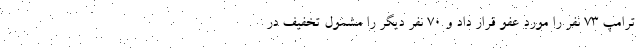
ترامپ 73 نفر را مورد عفو قرار داد و 70 نفر دیگر را مشمول تخفیف در